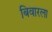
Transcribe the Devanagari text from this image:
बिवारला